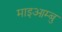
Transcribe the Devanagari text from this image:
माइआम्बु